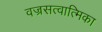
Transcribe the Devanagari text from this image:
वज्रसत्वात्मिका